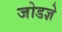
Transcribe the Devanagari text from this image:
जोडज्ञे